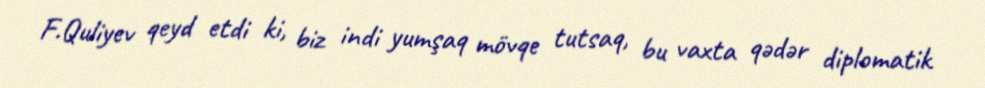
F.Quliyev qeyd etdi ki, biz indi yumşaq mövqe tutsaq, bu vaxta qədər diplomatik